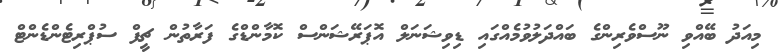
މިއަދު ބޭއްވި ނޫސްވެރިންގެ ބައްދަލުވުމެއްގައި ޑިވިޝަނަލް އޮޕަރޭޝަންސް ކޮމާންޑްގެ ފަރާތުން ޗީފް ސުޕްރިޓެންޑެންޓް